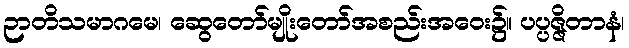
ဉာတိသမာဂမေ၊ ဆွေတော်မျိုးတော်အစည်းအဝေး၌။ ပပ္ပဇ္ဇိတာနံ၊